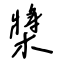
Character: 槳